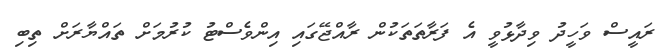
ރައީސް ވަހީދު ވިދާޅުވީ އެ ފަރާތަތަކުން ރާއްޖޭގައި އިންވެސްޓު ކުރުމަށް ތައްޔާރަށް ތިބި